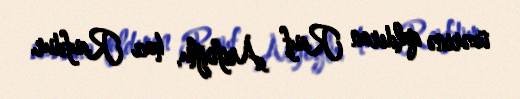
üzərinə qaldıran Rauf Arifoğlu, hacı Raufdur.